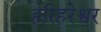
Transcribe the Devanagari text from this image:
हरिहरेश्वर